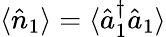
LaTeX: \langle\hat{n}_{1}\rangle=\langle\hat{a}_{1}^{\dagger}\hat{a}_{1}\rangle